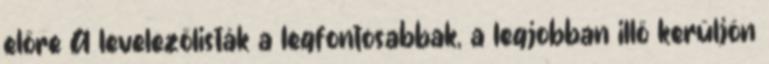
előre A levelezőlisták a legfontosabbak, a legjobban illő kerüljön